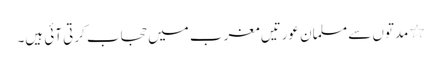
٭ مدتوں سے مسلمان عورتیں مغرب میں حجاب کرتی آئی ہیں۔